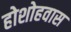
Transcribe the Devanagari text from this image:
होशोहवास